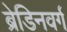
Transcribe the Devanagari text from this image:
ब्रेडिनवर्ग